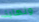
ونهاية